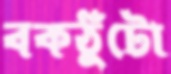
বকঠুঁটো